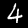
Digit: 4